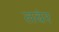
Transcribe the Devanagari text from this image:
तवंर